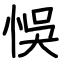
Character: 悞